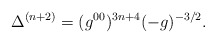
\begin{align*}\Delta^{(n+2)}=(g^{00})^{3n+4}(-g)^{-3/2}.\end{align*}